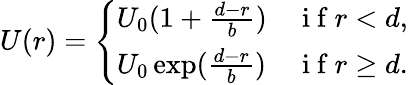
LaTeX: U(r)=\left\{ \begin{array}{ll}{U_{0}(1+\frac{d-r}{b})}&{\mathrm{~i~f~}r<d,}\\ {U_{0}\exp(\frac{d-r}{b})}&{\mathrm{~i~f~}r\ge d.}\end{array}\right.